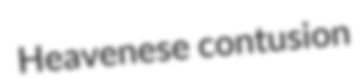
Heavenese contusion